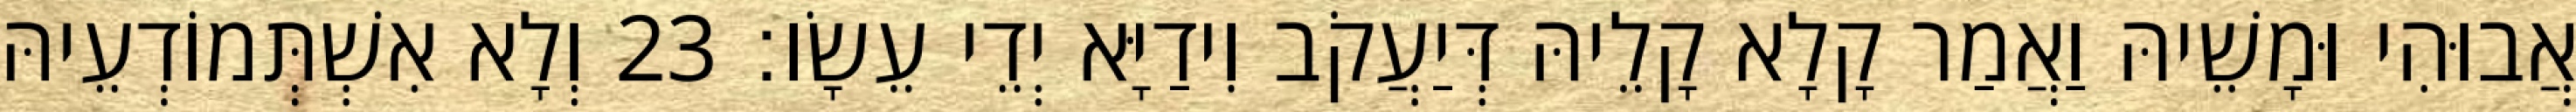
אֲבוּהִי וּמָשֵׁיהּ וַאֲמַר קָלָא קָלֵיהּ דְּיַעֲקֹב וִידַיָּא יְדֵי עֵשָׂו׃ 23 וְלָא אִשְׁתְּמוֹדְעֵיהּ